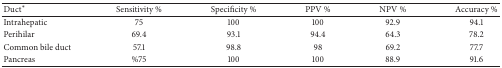
| Duct* | Sensitivity % | Specificity % | PPV % | NPV % | Accuracy % |
 | --- | --- | --- | --- | --- | --- |
 | Intrahepatic | 75 | 100 | 100 | 92.9 | 94.1 |
 | Perihilar | 69.4 | 93.1 | 94.4 | 64.3 | 78.2 |
 | Common bile duct | 57.1 | 98.8 | 98 | 69.2 | 77.7 |
 | Pancreas | %75 | 100 | 100 | 88.9 | 91.6 |